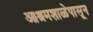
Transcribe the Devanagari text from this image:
आश्रमशाळेपासून